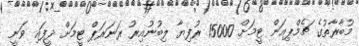
މުބާރާތުގެ ޗެމްޕިއަން ޓީމަށް 15000 ރުފިޔާ ލިބުނުއިރު ރަނަރަޕް ޓީމަށް ދީފައި ވަނީ